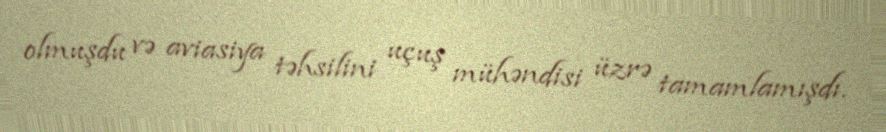
olmuşdu və aviasiya təhsilini uçuş mühəndisi üzrə tamamlamışdı.